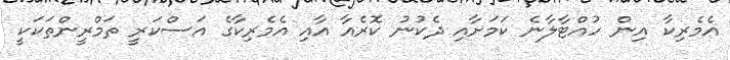
އެމެރިކާ އިން ހުއްޓާލާނެ ކަމަށާއި ދެކުނު ކޮރެއާ އާއި އެމެރިކާގެ އަސްކަރީ ތަމްރީންތަކަކީ